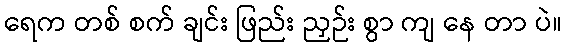
ရေက တစ် စက် ချင်း ဖြည်း ညှဉ်း စွာ ကျ နေ တာ ပဲ။